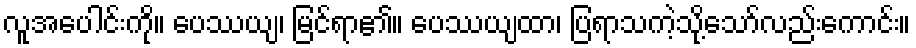
လူအပေါင်းကို။ ပေဿယျ၊ မြင်ရာ၏။ ပေဿယျထာ၊ ပြရာသကဲ့သို့သော်လည်းကောင်း။